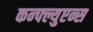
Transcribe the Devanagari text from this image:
कन्फ्ल्युएन्स